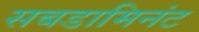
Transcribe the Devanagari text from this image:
सबडामिनंट